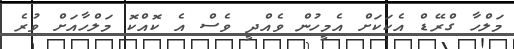
މަލްހާ ގްރޭޑް އެކަކަށް އެމީހުން ވެއްދީ ވެސް އެ ކޮއްކޮ މަލްހާއަށް ވުރެ